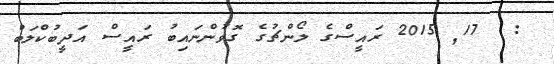
:  17